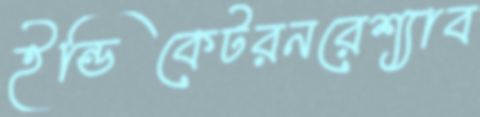
ইন্ডিকেটরনরেশ্যাব